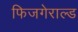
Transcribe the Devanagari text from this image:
फिजगेराल्ड